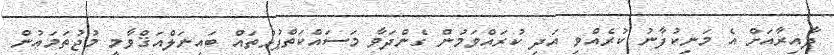
ދާއިރާއަށް އެ މަނިކުފާނު ކުރެއްވި އަދި ކުރައްވަމުން ގެންދަވާ މަސައްކަތްޕުޅުތައް ބައިނަލްއަޤްވާމީ މުޖުތަމަޢުން